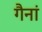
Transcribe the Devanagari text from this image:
गैनां